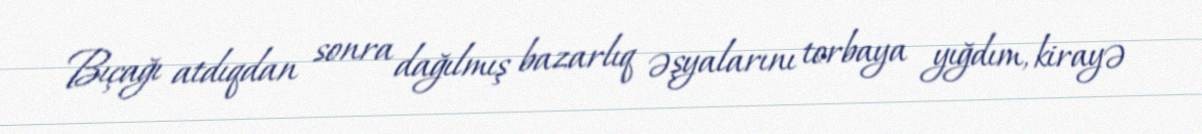
Bıçağı atdıqdan sonra dağılmış bazarlıq əşyalarını torbaya yığdım, kirayə